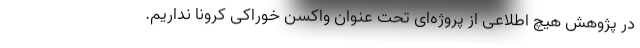
در پژوهش هیچ اطلاعی از پروژه‌ای تحت عنوان واکسن خوراکی کرونا نداریم.